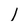
Character: 1